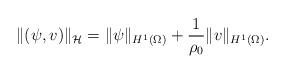
LaTeX: \begin{align*} \|(\psi,v)\|_{\mathcal H} = \|\psi\|_ {H^1(\Omega)} + \frac{1}{\rho_0}\|v\|_{H^1(\Omega)}.\end{align*}